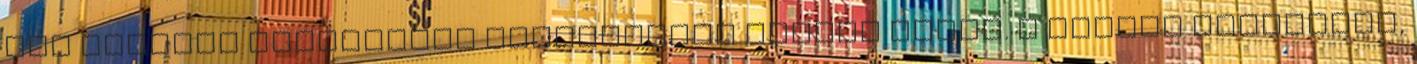
egy mindent megrengető mennydörgés vetett véget. A fények kialudtak,